Report on the working of the mental hospitals for Indians in Bihar and Orissa - 1925-1929
Year: 1925
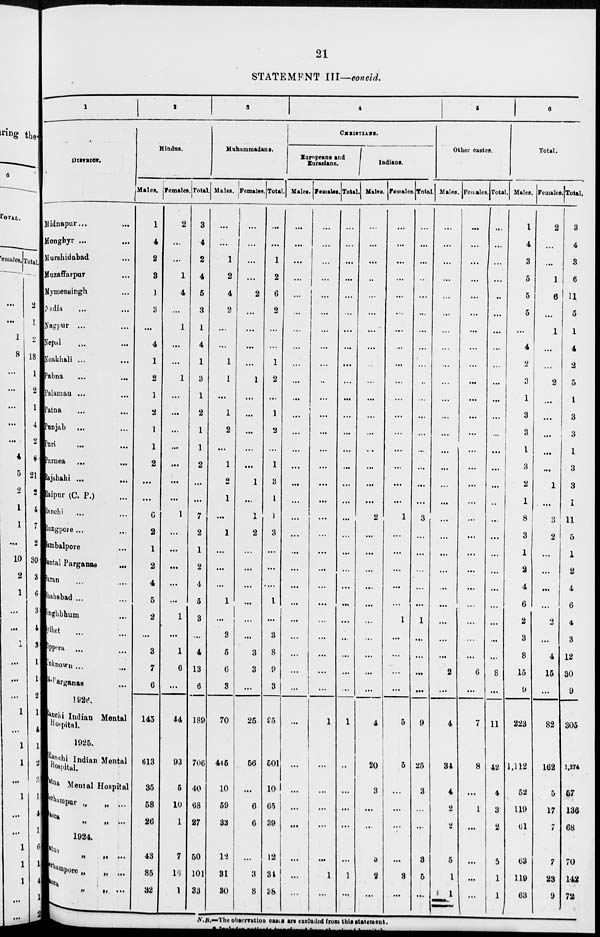
21
STATEMENT III—concld.
1
DISTRICT.
Midnapur... ...
Monghyr ... ...
Murshidabad ...
Muzaffarpur ...
Mymensingh ...
Nadia ... ...
Nagpur ... ...
Nepal ... ...
Noakhali ... ...
Pabna ...
Palamau ... ...
Patna ... ...
Punjab ... ...
Puri ... ...
Purnea ... ...
Rajshahi ... ...
Raipur (C. P.) ...
Ranchi ... ...
Rungpore ... ...
Sambalpore ...
Santal Parganas ...
Saran ... ...
Shahabad ... ...
Singhbhum ...
Sylhet ... ...
Tippera ... ...
Unknown
... ...
24-Parganas ...
1926.
Ranchi Indian Mental
Hospital.
1925.
Ranchi Indian Mental
Hospital.
Patna Mental Hospital
Berhampore „ „ ...
Dacca
„
„
. . .
1924.
Patna „ „ ...
Berhampore „ „ ...
Dacca
„
„
.
.
.
2
Hindus.
Males.
1
4
2
3
1
3
...
4
1
2
1
2
1
1
2
...
...
6
2
1
2
4
5
2
...
3
7
6
145
613
35
58
26
43
85
32
Females.
2
...
...
1
4
...
1
...
...
1
...
...
...
...
...
...
...
1
...
...
...
...
...
1
...
1
6
...
44
93
5
10
1
7
16
1
Total.
3
4
2
4
5
3
1
4
1
3
1
2
1
1
2
...
...
7
2
1
2
4
5
3
...
4
13
6
189
706
40
68
27
50
101
33
3
Muhammadans.
Males.
...
...
1
2
4
2
...
...
1
1
...
1
2
...
1
2
1
...
1
...
...
...
1
...
3
5
6
3
70
445
10
59
33
12
31
30
Females.
...
...
...
...
2
...
...
...
...
1
...
...
...
...
...
1
...
1
2
...
...
...
...
...
...
3
3
...
25
56
...
6
6
...
3
8
Total.
...
...
1
2
6
2
...
...
1
2
...
1
2
...
1
3
1
1
3
...
...
...
1
...
3
8
9
3
95
501
10
65
39
12
34
38
4
CHRISTIANS.
Europeans and
Eurasians.
Males.
...
...
...
...
...
...
...
...
...
...
...
...
...
...
...
...
...
...
...
...
...
...
...
...
...
...
...
...
...
...
...
...
...
...
...
...
Females.
...
...
...
...
...
...
...
...
...
...
...
...
...
...
...
...
...
...
...
...
...
...
...
...
...
...
...
...
1
...
...
...
...
...
1
...
Total.
...
...
...
...
...
...
...
...
...
...
...
...
...
...
...
...
...
...
...
...
...
...
...
...
...
...
...
...
1
...
...
...
...
...
1
...
Indians.
Males.
...
...
...
...
...
...
...
...
...
...
...
...
...
...
...
...
...
2
...
...
...
...
...
...
...
...
...
...
4
20
3
...
...
3
2
...
Females.
...
...
...
...
...
...
...
...
...
...
...
...
...
...
...
...
...
1
...
...
...
...
...
1
...
...
...
...
5
5
...
...
...
...
3
...
Total.
...
...
...
...
...
...
...
...
...
...
...
...
...
...
...
...
...
3
...
...
...
...
...
1
...
...
...
...
9
25
3
...
...
3
5
...
5
Other castes.
Males.
...
...
...
...
...
...
...
...
...
...
...
...
...
...
...
...
...
...
...
...
...
...
...
...
...
...
2
...
4
34
4
2
2
5
1
1
Females.
...
...
...
...
...
...
...
...
...
...
...
...
...
...
...
...
...
...
...
...
...
...
...
...
...
...
6
...
7
8
...
1
...
...
...
...
Total.
...
...
...
...
...
...
...
...
...
...
...
...
...
...
...
...
...
...
...
...
...
...
...
...
...
...
8
...
11
42
4
3
2
5
1
1
6
Total.
Males.
1
4
3
5
5
5
...
4
2
3
1
3
3
1
3
2
1
8
3
1
2
4
6
2
3
8
15
9
223
1,112
52
119
61
63
119
63
Females.
2
...
...
1
6
...
1
...
...
2
...
...
...
...
...
1
...
3
2
...
...
...
...
2
...
4
15
...
82
162
5
17
7
7
23
9
Total.
3
4
3
6
11
5
1
4
2
5
1
3
3
1
3
3
1
11
5
1
2
4
6
4
3
12
30
9
305
1,274
57
136
68
70
142
72
N.B.—The observation cases are excluded from this statement.